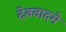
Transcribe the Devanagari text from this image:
देववादमे